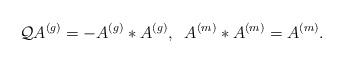
LaTeX: \begin{align*}\mathcal{Q}A^{\left( g\right) }=-A^{\left( g\right) }\ast A^{\left( g\right)},\;\;A^{\left( m\right) }\ast A^{\left( m\right) }=A^{\left( m\right) }.\end{align*}